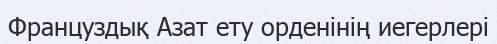
Француздық Азат ету орденінің иегерлері